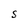
Character: S